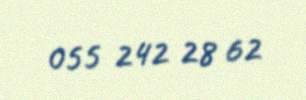
055 242 28 62